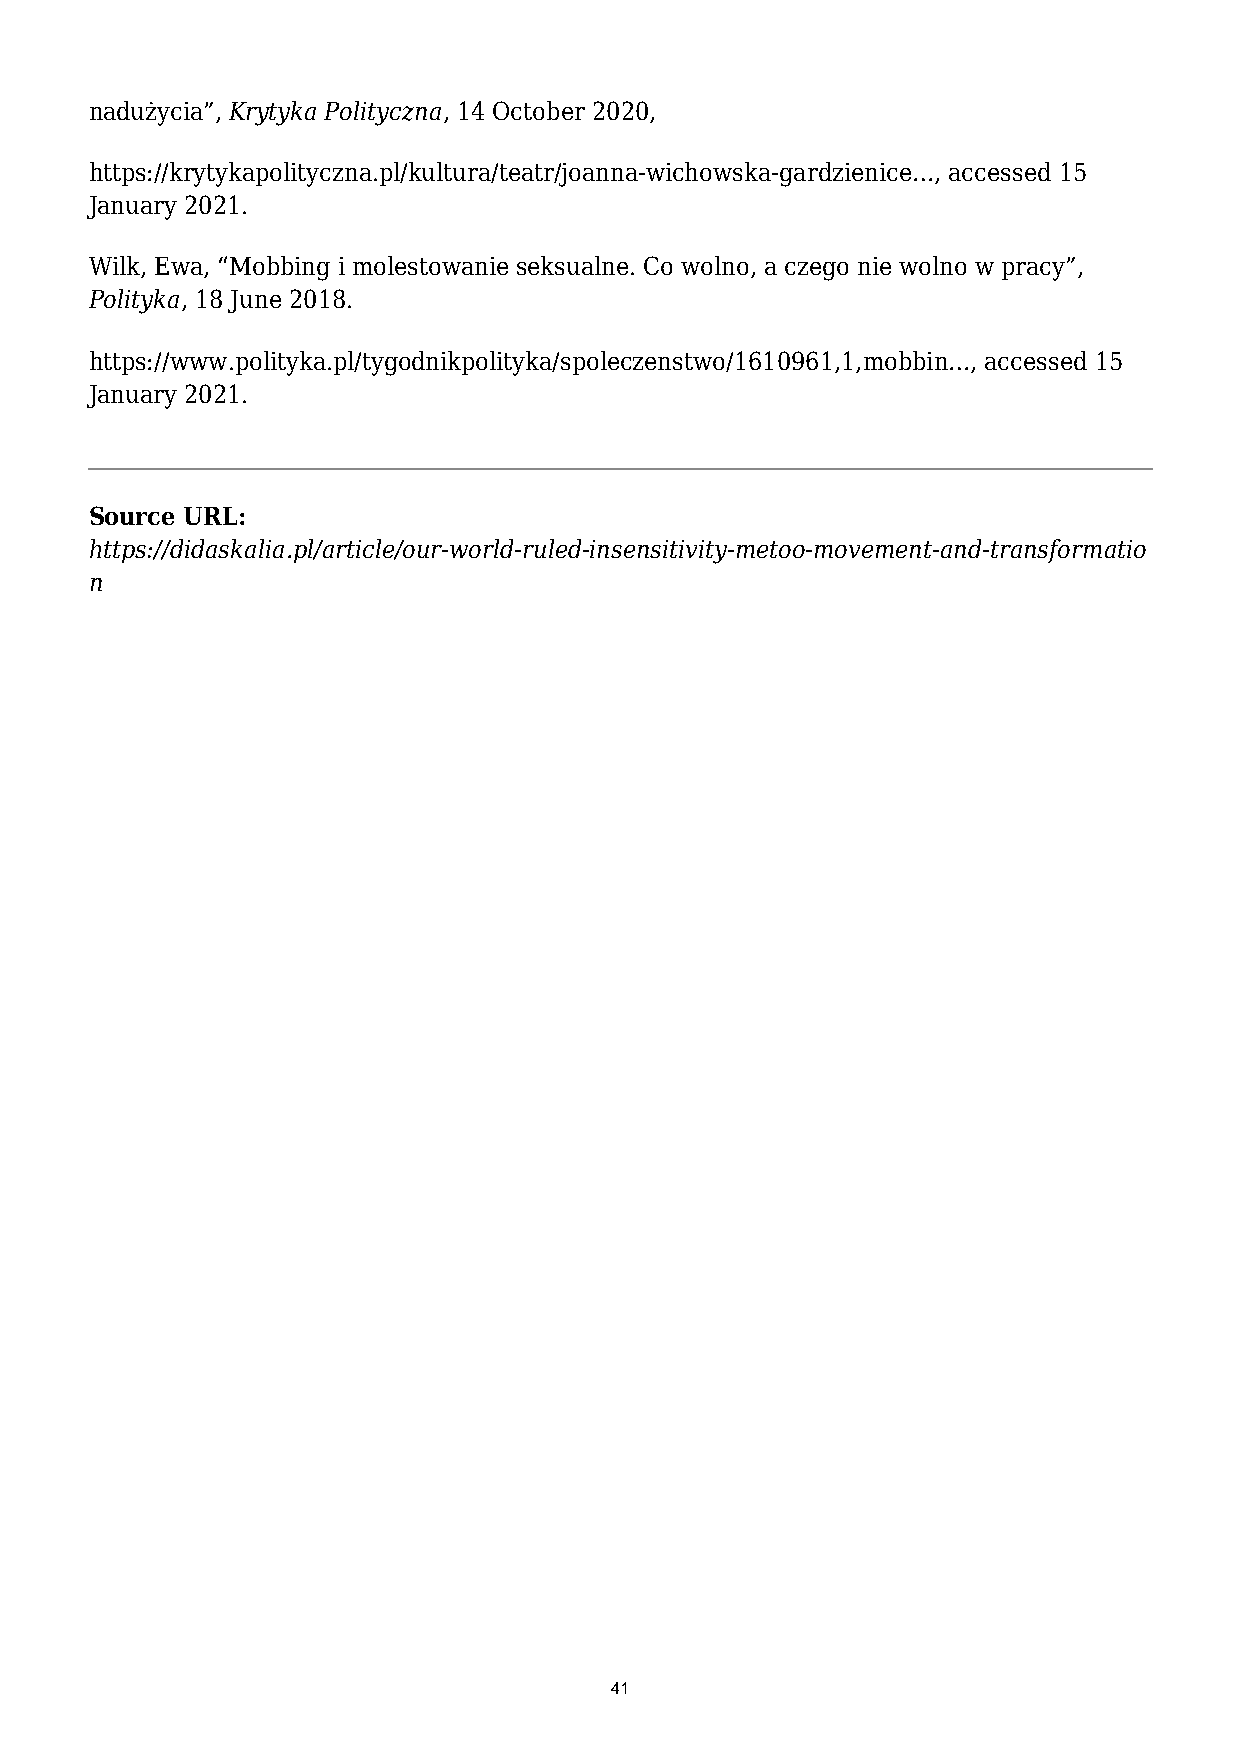
nadużycia”, Krytyka Polityczna, 14 October 2020,
 https://krytykapolityczna.pl/kultura/teatr/joanna-wichowska-gardzienice…, accessed 15
 January 2021.
 Wilk, Ewa, “Mobbing i molestowanie seksualne. Co wolno, a czego nie wolno w pracy”,
 Polityka, 18 June 2018.
 https://www.polityka.pl/tygodnikpolityka/spoleczenstwo/1610961,1,mobbin…, accessed 15
 January 2021.
 Source URL:
 https://didaskalia.pl/article/our-world-ruled-insensitivity-metoo-movement-and-transformatio
 n
 41